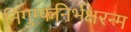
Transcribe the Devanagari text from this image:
निगुम्फनिर्भक्षरन्म